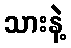
သားနဲ့